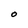
Character: O